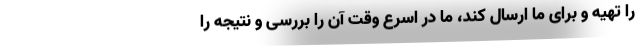
را تهیه و برای ما ارسال کند، ما در اسرع وقت آن را بررسی و نتیجه را